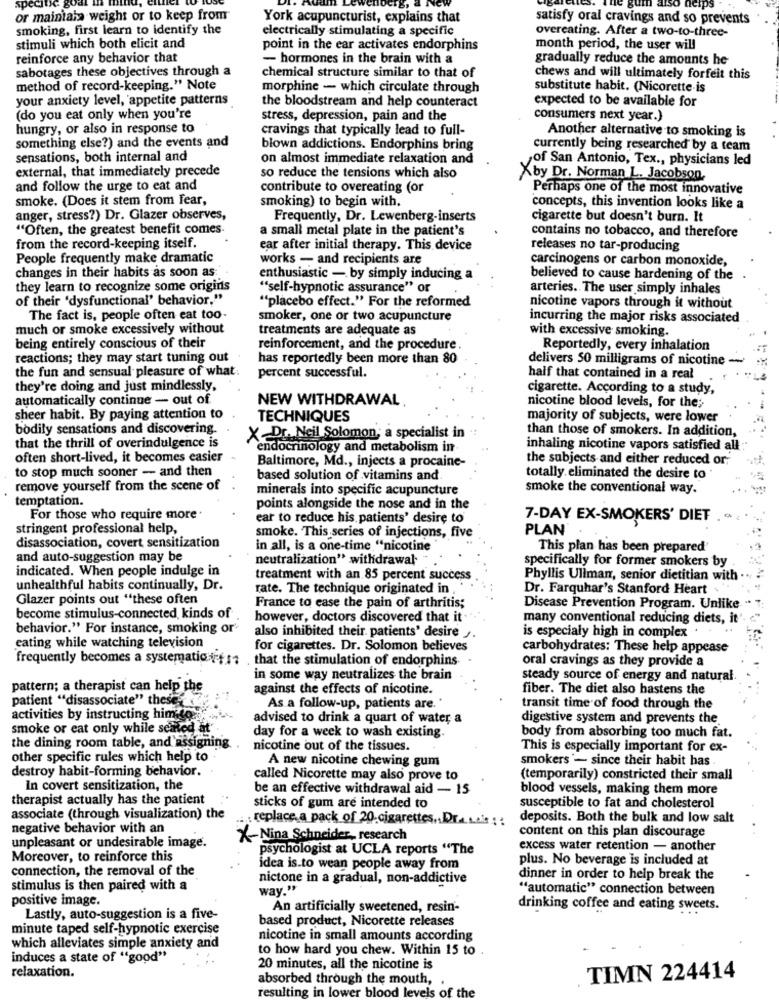
spec
Icips
or maintaha weight or to keep from
York acupuncturist, explains that
satisfy oral cravings and so prevents
smoking, first learn to identify the
electrically stimulating a specific
overeating. After a two-to-three-
stimuli which both elicit and
point in the ear activates endorphins
month period, the user will
reinforce any behavior that
- hormones in the brain with a
gradually reduce the amounts he
sabotages these objectives through a
chemical structure similar to that of
chews and will ultimately forfeit this
method of record-keeping." Note
morphine - which circulate through
substitute habit. (Nicorette-is
your anxiety level, 'appetite patterns
the bloodstream and help counteract
expected to be available for
(do you eat only when you're
stress, depression, pain and the
consumers next year.)
hungry, or also in response to
cravings that typically lead to full-
Another alternative to smoking is
something else?) and the events and
blown addictions. Endorphins bring
currently being researched by a team
sensations, both internal and
on almost immediate relaxation and
of San Antonio, Tex ., physicians led
external, that immediately precede
so reduce the tensions which also
Xby Dr. Norman L. Jacobson
and follow the urge to eat and
contribute to overeating (or
Perhaps one of the most innovative
smoke. (Does it stem from Fear,
smoking) to begin with.
concepts, this invention looks like a
anger, stress?) Dr. Glazer observes,
Frequently, Dr. Lewenberg-inserts
cigarette but doesn't burn. It
"Often, the greatest benefit comes-
a small metal plate in the patient's
contains no tobacco, and therefore
from the record-keeping itself.
ear after initial therapy. This device
releases no tar-producing
People frequently make dramatic
works - and recipients are
carcinogens or carbon monoxide,
changes in their habits as soon as
enthusiastic - by simply inducing a
believed to cause hardening of the
they learn to recognize some origins
"self-hypnotic assurance" or
arteries. The user simply inhales
of their 'dysfunctional' behavior."
"placebo effect." For the reformed
nicotine vapors through it without
The fact is, people often eat too-
smoker, one or two acupuncture
incurring the major risks associated
much or smoke excessively without
treatments are adequate as
with excessive smoking.
being entirely conscious of their
reinforcement, and the procedure.
Reportedly, every inhalation
reactions; they may start tuning out
has reportedly been more than 80
delivers 50 milligrams of nicotine -
the fun and sensual pleasure of what.
percent successful.
haif that contained in a real
they're doing and just mindlessly,
cigarette. According to a study,
automatically continue - out of
NEW WITHDRAWAL
nicotine blood levels, for the;
sheer habit. By paying attention to
TECHNIQUES
majority of subjects, were lower
bodily sensations and discovering.
than those of smokers. In addition,
X-Dr. Neil Solomon; a specialist in
that the thrill of overindulgence is
endocrinology and metabolism in
inhaling nicotine vapors satisfied all
often short-lived, it becomes easier
Baltimore, Md ., injects a procaine-
the subjects and either reduced or;
to stop much sooner - and then
based solution of vitamins and
totally. eliminated the desire to
remove yourself from the scene of
minerals into specific acupuncture
smoke the conventional way.
temptation.
points alongside the nose and in the
For those who require more.
ear to reduce his patients' desire to
7-DAY EX-SMOKERS' DIET
stringent professional help,
smoke. This series of injections, five
PLAN
disassociation, covert sensitization
in all, is a one-time "nicotine
This plan has been prepared'
and auto-suggestion may be
neutralization" withdrawal
specifically for former smokers by
indicated. When people indulge in
treatment with an 85 percent success
Phyllis Ullman, senior dietitian with
unhealthful habits continually, Dr.
rate. The technique originated in
Dr. Farquhar's Stanford Heart
Glazer points out "these often
France to ease the pain of arthritis;
Disease Prevention Program. Unlike
become stimulus-connected, kinds of
however, doctors discovered that it
many conventional reducing diets, it
behavior." For instance, smoking or'
is especialy high in complex . . ..
eating while watching television
also inhibited their. patients' desire ,.
for cigarettes. Dr. Solomon believes
carbohydrates: These help appease
frequently becomes a systematiotra
that the stimulation of endorphins.
oral cravings as they provide a
in some way neutralizes the brain
steady source of energy and natural
pattern; a therapist can help the
against the effects of nicotine.
fiber. The diet also hastens the
patient "disassociate" these
As a follow-up, patients are.
transit time of food through the
activities by instructing him to
advised to drink a quart of water a
digestive system and prevents the
smoke or eat only while sealed at"
day for a week to wash existing.
body from absorbing too much fat.
the dining room table, and assigning
nicotine out of the tissues.
This is especially important for ex-
other specific rules which help to
A new nicotine chewing gum
smokers - since their habit has
destroy habit-forming behavior.
called Nicorette may also prove to
(temporarily) constricted their small
In covert sensitization, the
be an effective withdrawal aid - 15
blood vessels, making them more
therapist actually has the patient
sticks of gum are intended to
susceptible to fat and cholesterol
associate (through visualization) the
. : replace. a pack of 20 cigarettes ,, Dr ..... it : :
deposits. Both the bulk and low salt
negative behavior with an
unpleasant or undesirable image.
X-Nina Schneider, research
content on this plan discourage
psychologist at UCLA reports "The
excess water retention - another
Moreover, to reinforce this
plus. No beverage is included at
connection, the removal of the
idea is.to wean people away from
nictone in a gradual, non-addictive
dinner in order to help break the
stimulus is then paired with a
way."
"automatic" connection between
positive image.
An artificially sweetened, resin-
drinking coffee and eating sweets.
Lastly, auto-suggestion is a five-
based product, Nicorette releases
minute taped self-hypnotic exercise
nicotine in small amounts according
which alleviates simple anxiety and
to how hard you chew. Within 15 to
induces a state of "good"
relaxation.
20 minutes, all the nicotine is
absorbed through the mouth,
TIMN 224414
resulting in lower blood levels of the